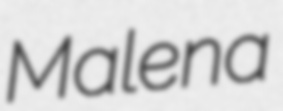
Malena